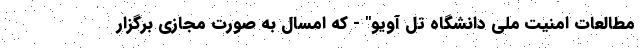
مطالعات امنیت ملی دانشگاه تل آویو" - که امسال به صورت مجازی برگزار